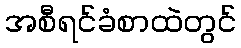
အစီရင်ခံစာထဲတွင်